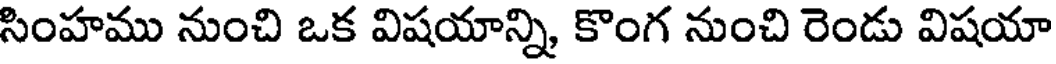
సింహము నుంచి ఒక విషయాన్ని కొంగ నుంచి రెండు విషయా